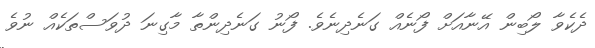
ދެކެވާ ލޯބިން އޭނާއަށް ފޯނެއް ގަނެދިނެވެ. ފޯނު ގަނެދިންތާ މާގިނަ ދުވަސްތަކެއް ނުވެ